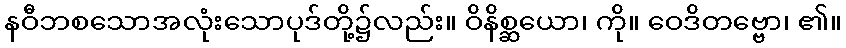
နဝီဘစသောအလုံးသောပုဒ်တို့၌လည်း။ ဝိနိစ္ဆယော၊ ကို။ ဝေဒိတဗ္ဗော၊ ၏။